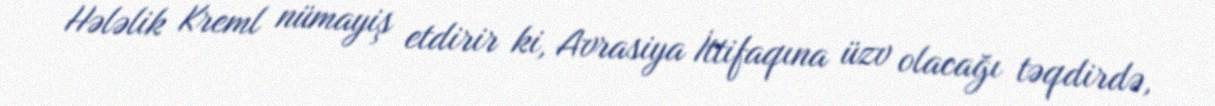
Hələlik Kreml nümayiş etdirir ki, Avrasiya İttifaqına üzv olacağı təqdirdə,